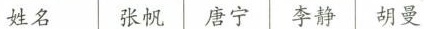
姓名 张帆 唐宁 李静 胡曼